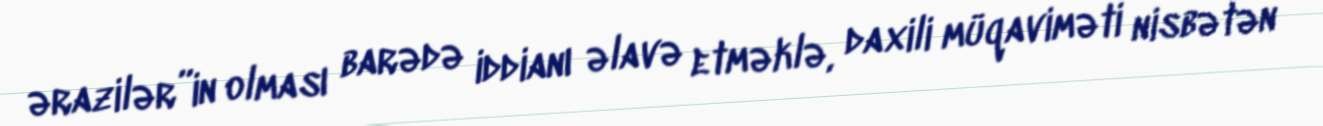
ərazilər”in olması barədə iddianı əlavə etməklə, daxili müqaviməti nisbətən